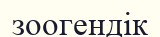
зоогендік